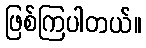
ဖြစ်ကြပါတယ်။